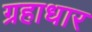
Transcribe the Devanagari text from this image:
ग्रहाधार